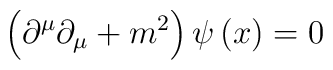
\left( \partial ^{\mu }\partial _{\mu }+m^{2}\right) \psi \left( x\right) =0